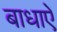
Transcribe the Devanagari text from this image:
बाधाऐं